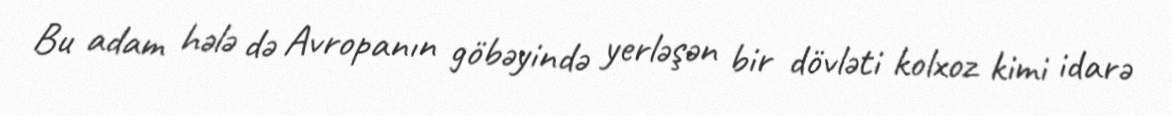
Bu adam hələ də Avropanın göbəyində yerləşən bir dövləti kolxoz kimi idarə